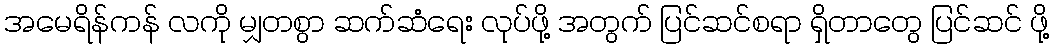
အမေရိန်ကန် လကို မျှတစွာ ဆက်ဆံရေး လုပ်ဖို့ အတွက် ပြင်ဆင်စရာ ရှိတာတွေ ပြင်ဆင် ဖို့